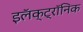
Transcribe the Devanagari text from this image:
इलॅक्ट्रॉनिक